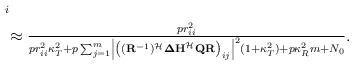
LaTeX: \begin{align*}&_{i}\\&\approx \textstyle \frac{p r^{2}_{ii}}{pr^{2}_{ii}\kappa^{2}_{T}+p\sum^{m}_{j=1}\left|\left((\mathbf{R}^{-1})^{\mathcal{H}}\mathbf{\Delta H}^{\mathcal{H}}\mathbf{Q}\mathbf{R}\right)_{ij}\right|^{2}(1+\kappa^{2}_{T})+p\kappa^{2}_{R}m+N_{0}}.\end{align*}